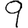
Digit: 9